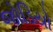
જોડિયો